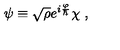
\psi \equiv \sqrt { \rho } e ^ { i \frac \varphi \hbar } \chi \ ,